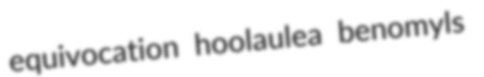
equivocation hoolaulea benomyls